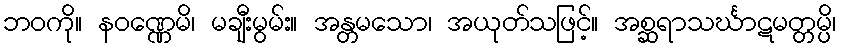
ဘဝကို။ နဝဏ္ဏေမိ၊ မချီးမွမ်း။ အန္တမသော၊ အယုတ်သဖြင့်။ အစ္ဆရာသင်္ဃာဋမတ္တမ္ပိ၊